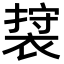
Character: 𮖖